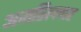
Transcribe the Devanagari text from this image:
अमरिल्लाह